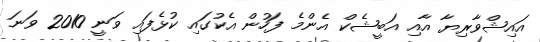
އައިޝްވާރިޔާ އާއި އަބީޝެކް އެންމެ ފަހުން އެކުގައި ކުޅެފައި ވަނީ 2010 ވަނަ